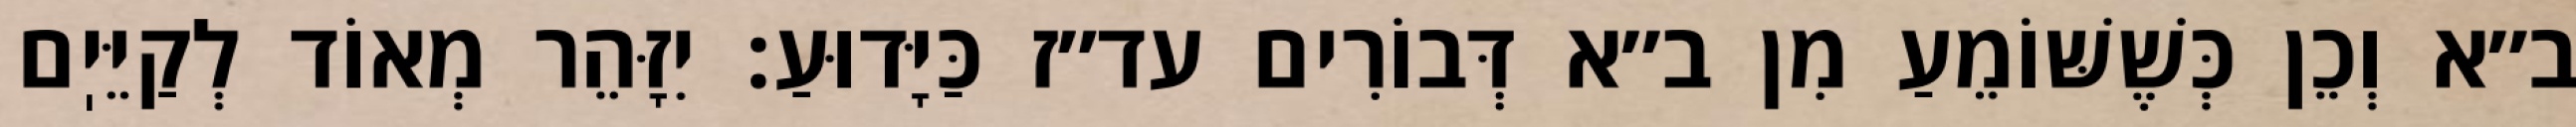
ב״א וְכֵן כְּשֶׁשּׁוֹמֵעַ מִן ב״א דְּבוֹרִים עד״ז כַּיָּדוּעַ: יִזָּהֵר מְאוֹד לְקַיֵּיֽם